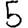
Digit: 5